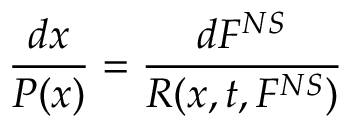
\frac { d x } { P ( x ) } = \frac { d F ^ { N S } } { R ( x , t , F ^ { N S } ) }